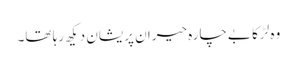
وہ لڑکا بےچارہ حیران پریشان دیکھ رہا تھا۔